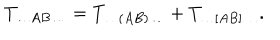
T _ { \ldots A B \ldots } = T _ { \ldots ( A B ) \ldots } + T _ { \ldots [ A B ] \ldots } .